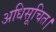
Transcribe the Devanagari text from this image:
अधिसूचित।